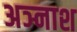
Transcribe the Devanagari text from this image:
अञ्नाश